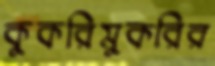
কুকরিমুকরির